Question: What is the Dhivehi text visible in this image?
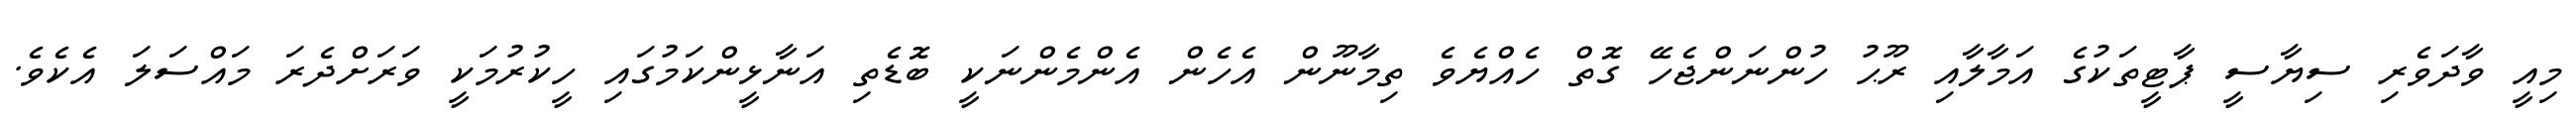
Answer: މިއީ ވާދަވެރި ސިޔާސީ ޕާޓީތަކުގެ އަމާލާއި ރޫޙު ހުންނަންޖެހޭ ގޮތް ހެއްޔެވެ ތިމާނޫން އެހެން އެންމެންނަކީ ބޮޑެތި އަނާޅީންކަމުގައި ހީކުރުމަކީ ވަރަށްދެރަ މައްސަލަ އެކެވެ.